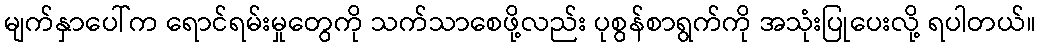
မျက်နှာပေါ်က ရောင်ရမ်းမှုတွေကို သက်သာစေဖို့လည်း ပုစွန်စာရွက်ကို အသုံးပြုပေးလို့ ရပါတယ်။